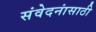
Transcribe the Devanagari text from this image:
संवेदनांसाठी